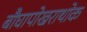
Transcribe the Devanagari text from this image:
बौघापोखराथोक